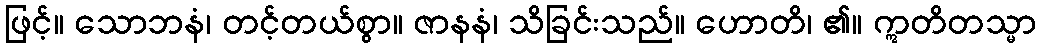
ဖြင့်။ သောဘနံ၊ တင့်တယ်စွာ။ ဇာနနံ၊ သိခြင်းသည်။ ဟောတိ၊ ၏။ ဣတိတသ္မာ